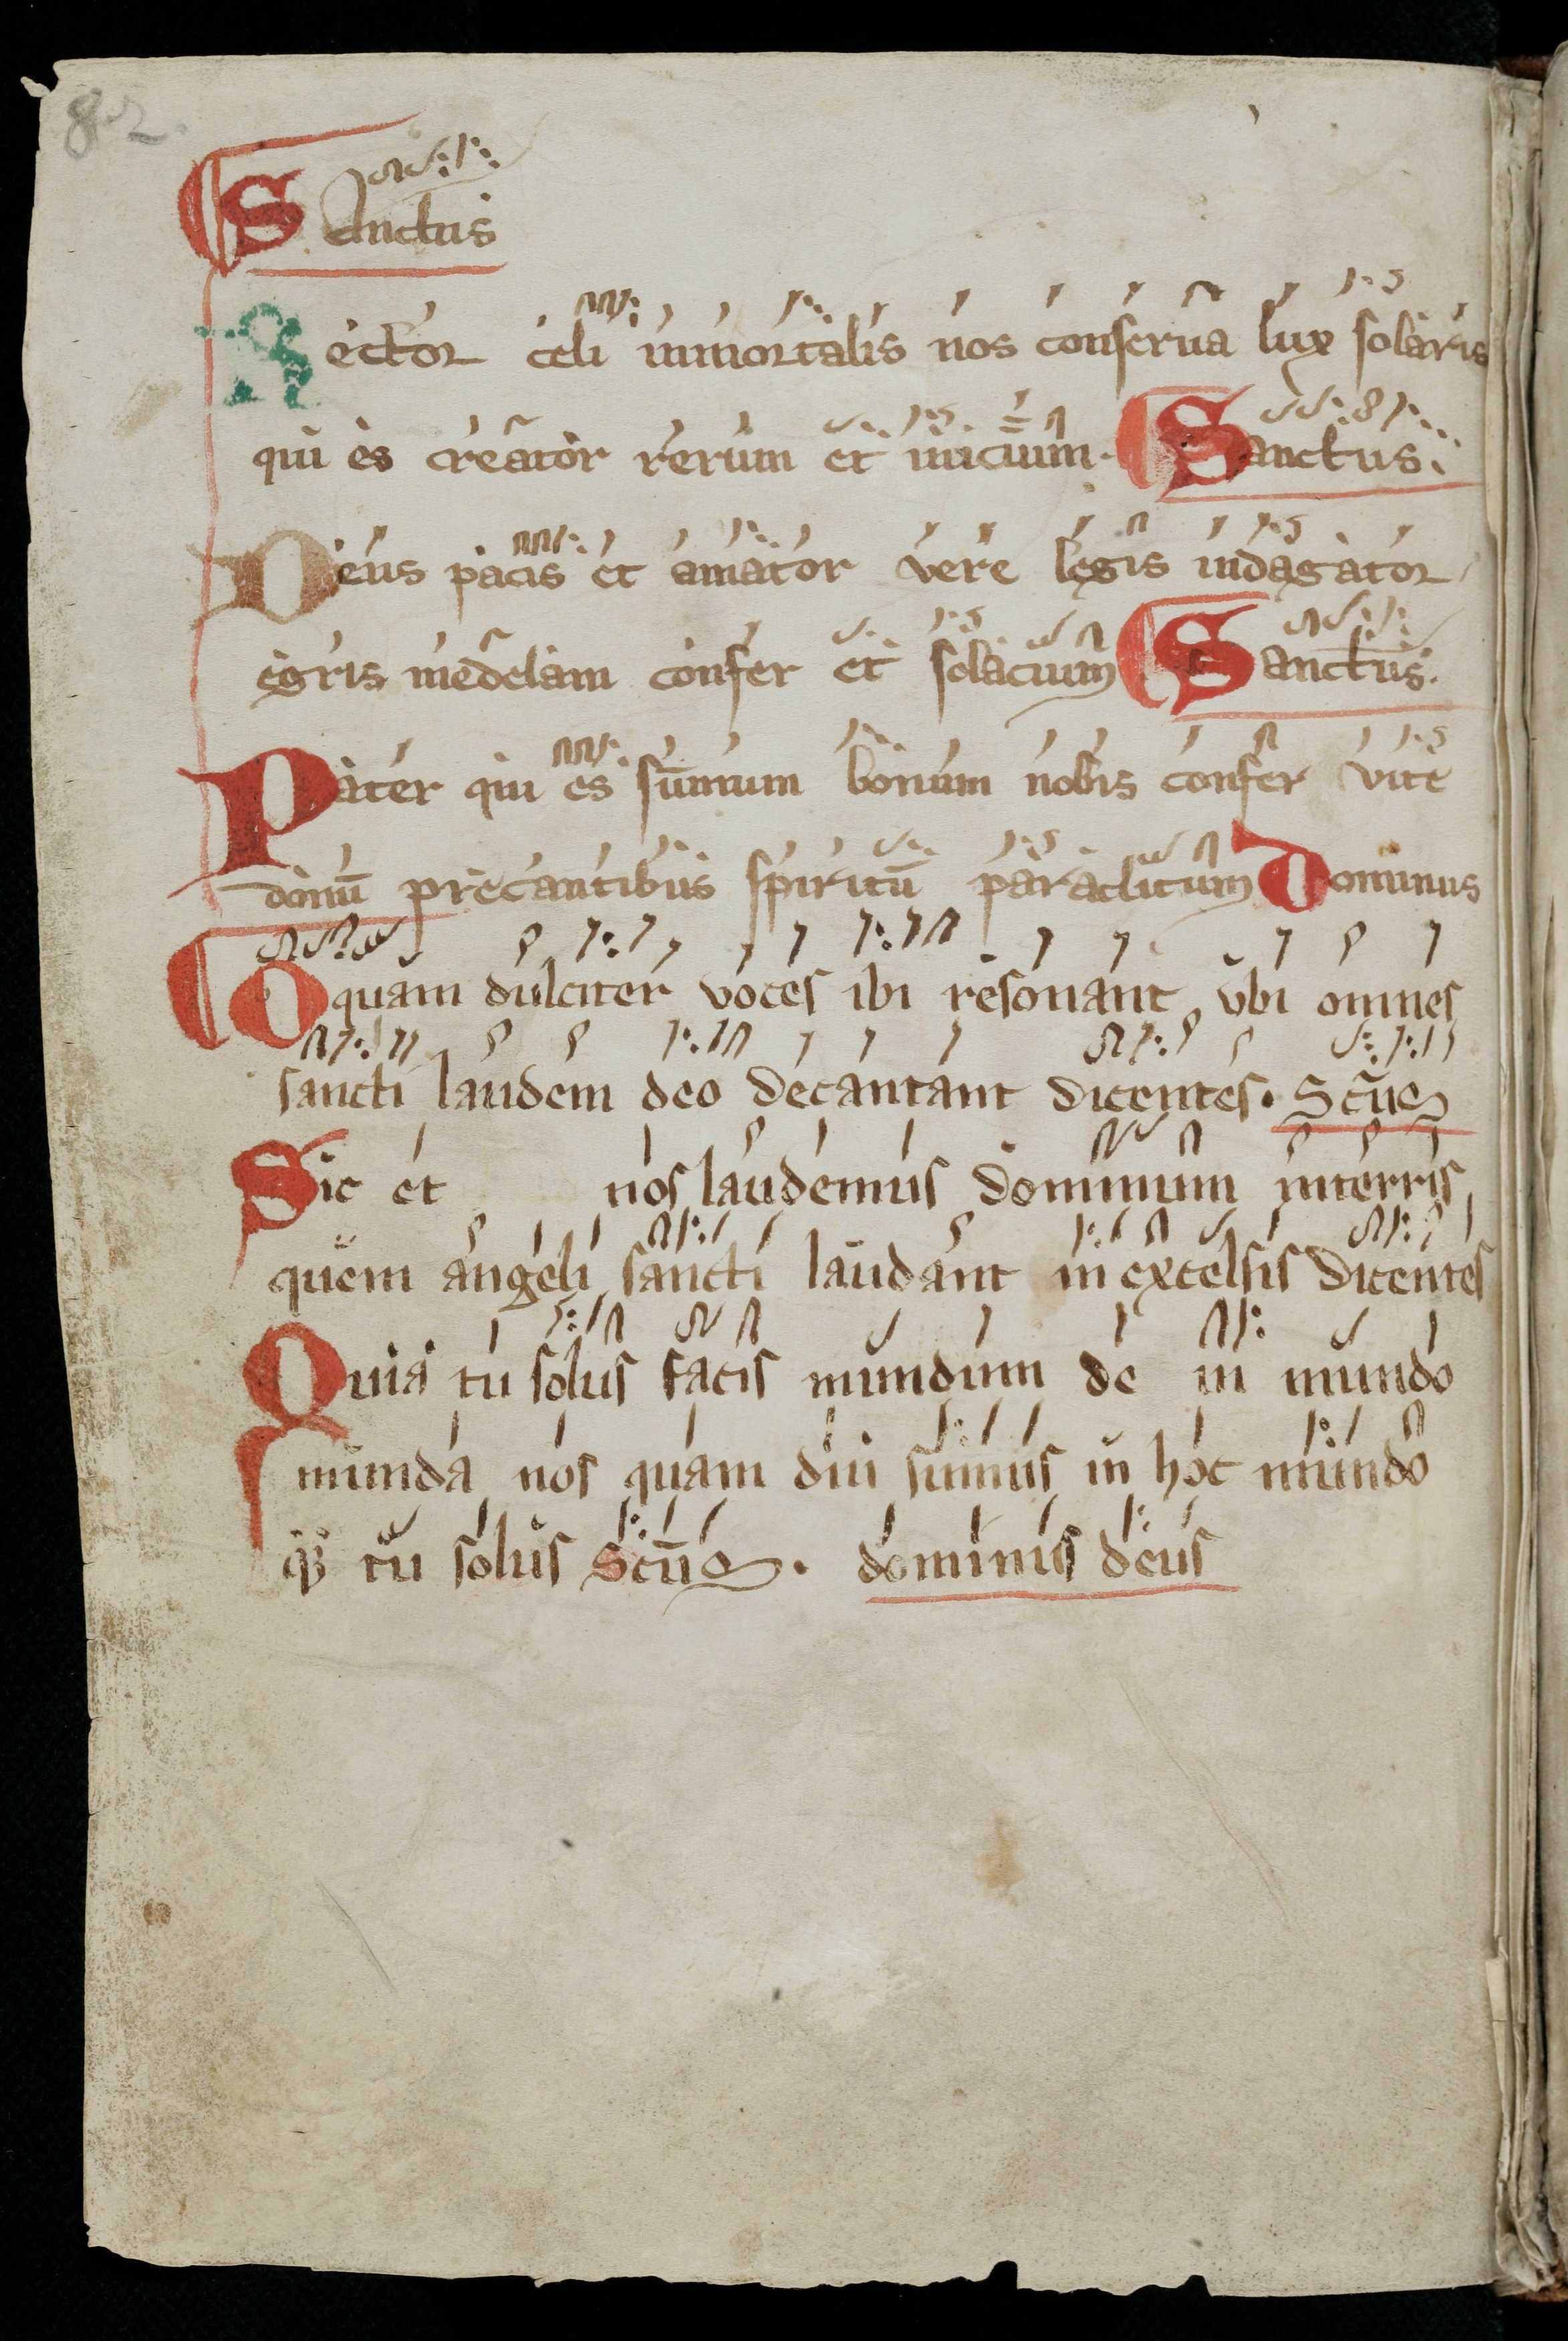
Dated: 1000–1099